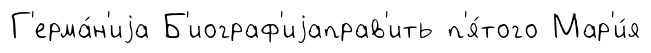
Г'ерма́н'иjа Б'иограф'иjаправ'ить п'я́того Мар'и́я